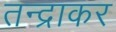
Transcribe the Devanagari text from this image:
तन्द्राकर